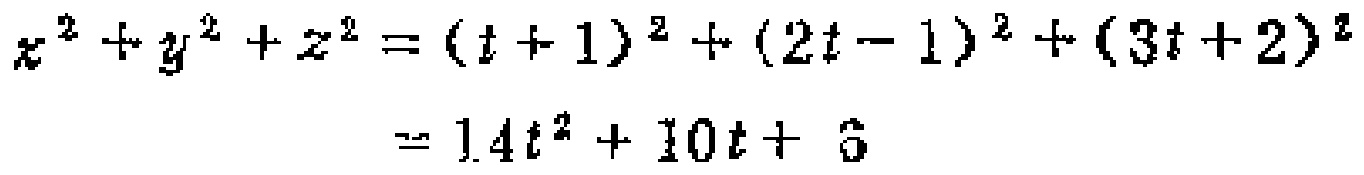
\[
\begin{align*}
x^{2}+y^{2}+z^{2}&=(t + 1)^{2}+(2t - 1)^{2}+(3t + 2)^{2}\\
&=14t^{2}+10t + 6
\end{align*}
\]